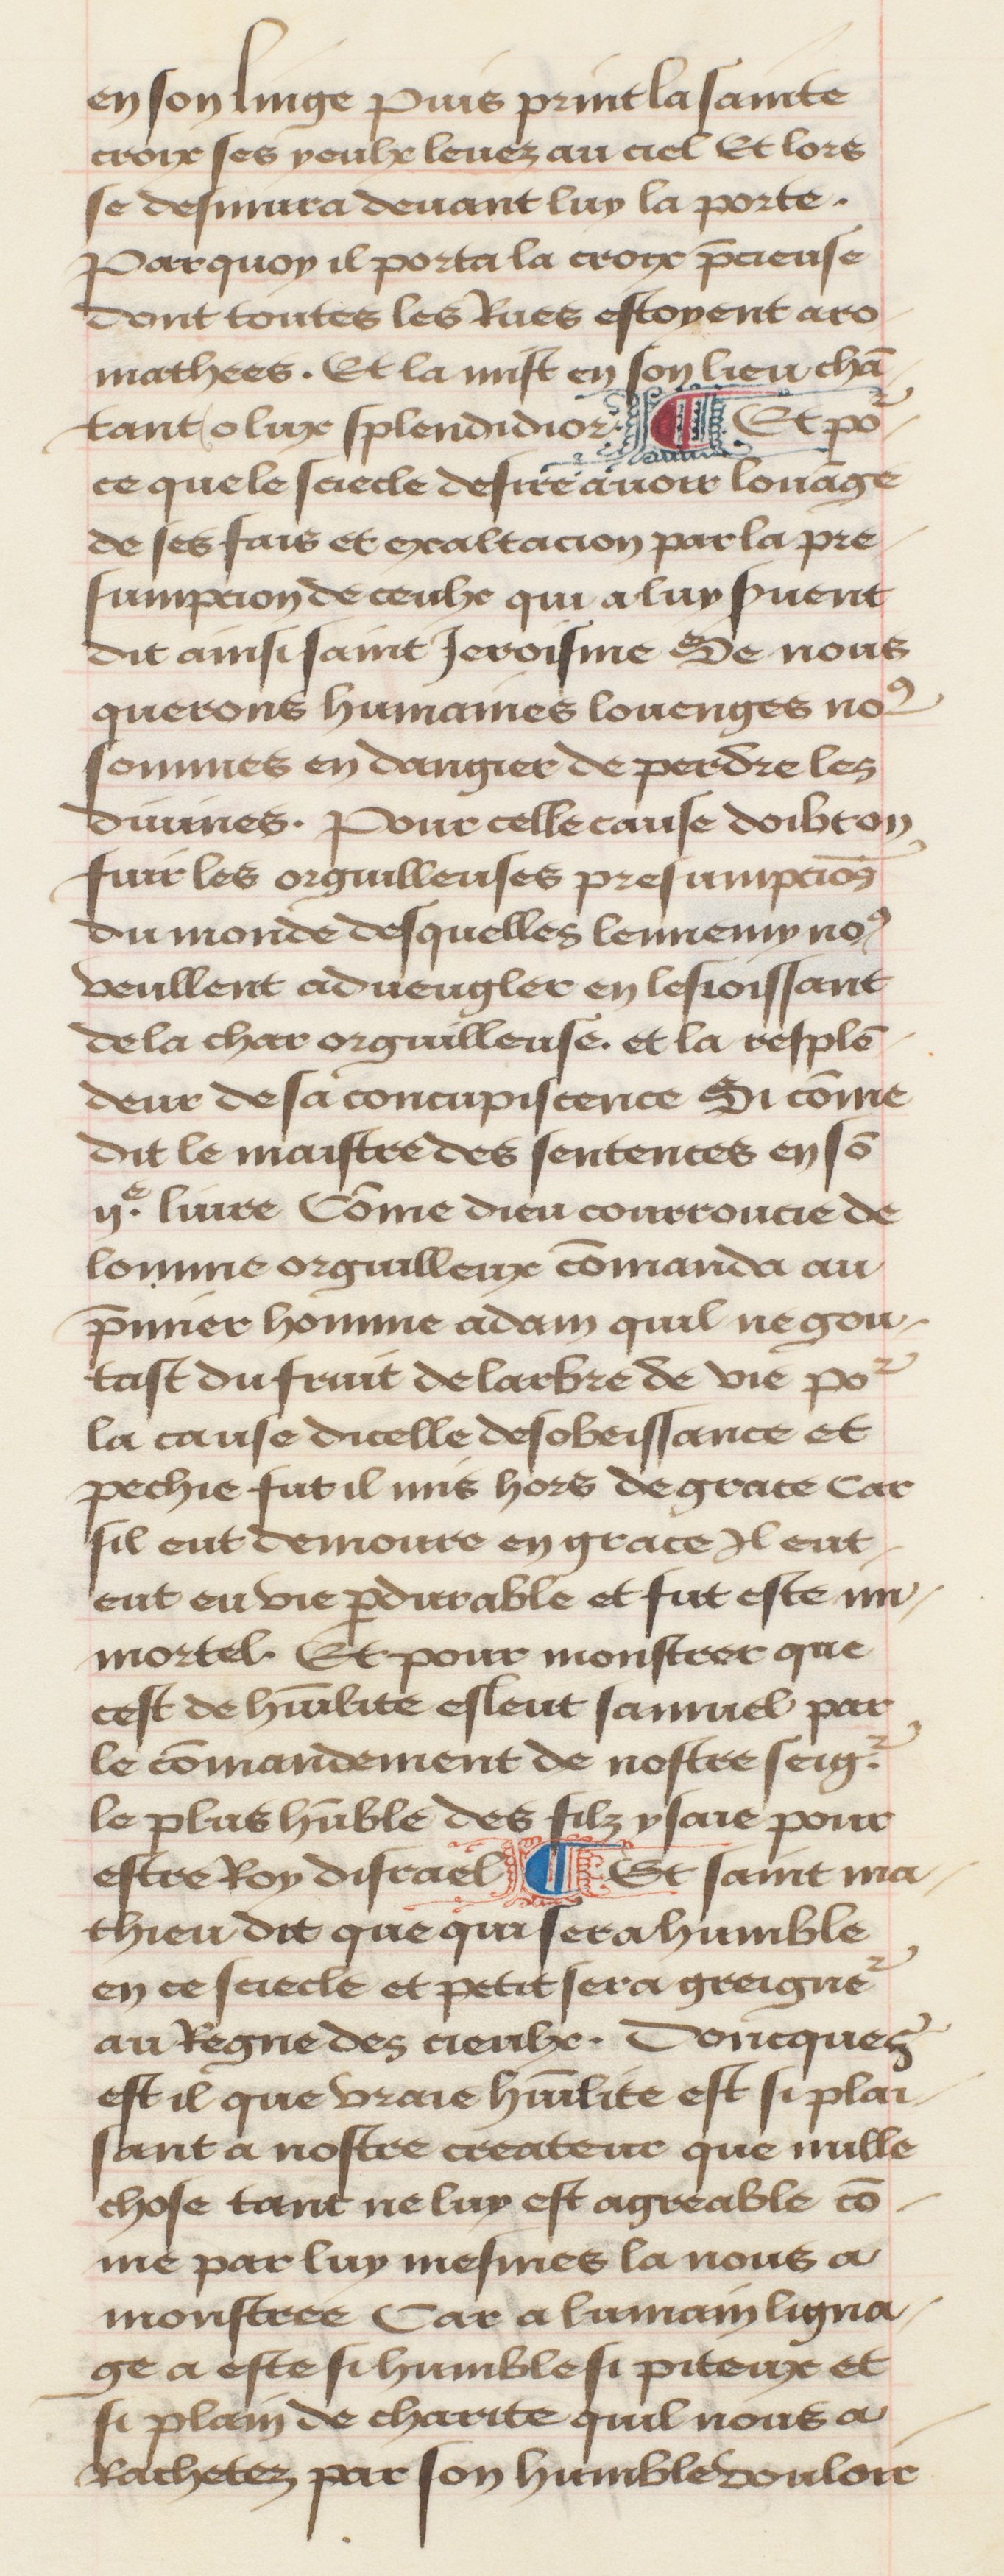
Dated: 1457–1482